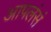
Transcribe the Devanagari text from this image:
आपलंसं